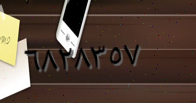
٦٨٢٨٣٥٧